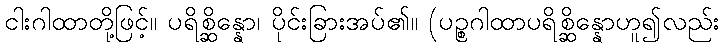
ငါးဂါထာတို့ဖြင့်။ ပရိစ္ဆိန္နော၊ ပိုင်းခြားအပ်၏။ (ပဉ္စဂါထာပရိစ္ဆိန္နောဟူ၍လည်း